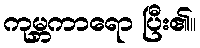
ကုမ္ဘကာရော ပြီး၏။